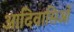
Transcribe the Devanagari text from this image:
आदिवासिओं